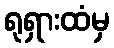
ရုရှားထံမှ